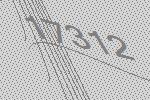
17312